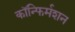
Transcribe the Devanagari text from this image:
कॉन्फिर्मशन